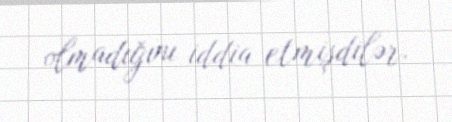
olmadığını iddia etmişdilər.